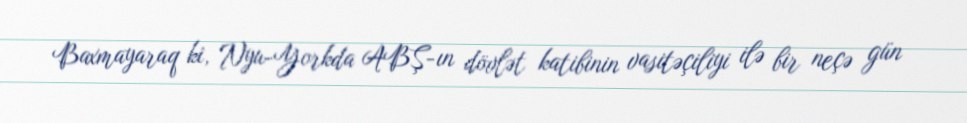
Baxmayaraq ki, Nyu-Yorkda ABŞ-ın dövlət katibinin vasitəçiliyi ilə bir neçə gün